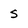
Character: s